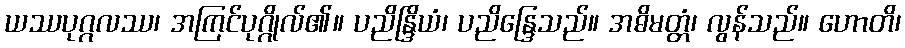
ယဿပုဂ္ဂလဿ၊ အကြင်ပုဂ္ဂိုလ်၏။ ပညိန္ဒြိယံ၊ ပညိန္ဒြေသည်။ အဓိမတ္တံ၊ လွန်သည်။ ဟောတိ၊